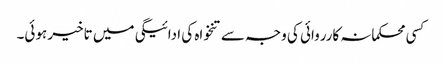
کسی محکمانہ کارروائی کی وجہ سے تنخواہ کی ادائیگی میں تاخیر ہوئی۔